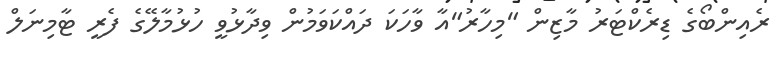
ރެއިންބޯގެ ޑިރެކްޓަރު މާޒިން "މިހާރު"އާ ވާހަކަ ދައްކަވަމުން ވިދާޅުވީ ހުޅުމާލޭގެ ފެރީ ޓާމިނަލް